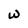
Character: w